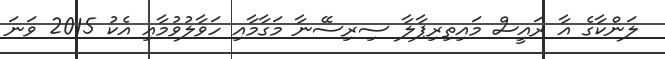
ލަންކާގެ އާ ރައީސް މައިތިރިޕާލާ ސިރިސޭނާ މަގާމާއި ހަވާލުވުމާއި އެކު 2015 ވަނަ